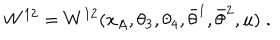
W ^ { 1 2 } = W ^ { 1 2 } ( x _ { A } , \theta _ { 3 } , \theta _ { 4 } , \bar { \theta } ^ { 1 } , \bar { \theta } ^ { 2 } , u ) \; .